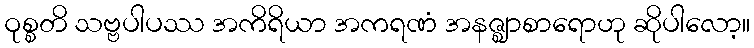
ဝုစ္စတိ သဗ္ဗပါပဿ အကိရိယာ အကရဏံ အနဇ္ဈာစာရောဟု ဆိုပါလော့။